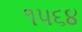
૧૫૬૪